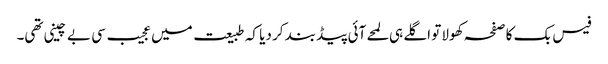
فیس بک کا صفحہ کھولا تو اگلے ہی لمحے آئی پیڈ بند کر دیا کہ طبیعت میں عجیب سی بے چینی تھی۔